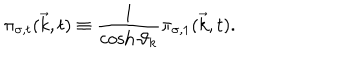
{ \pi } _ { { \sigma } , t } ( { \vec { k } } , t ) \equiv \frac { 1 } { \cosh { \vartheta } _ { k } } { \pi } _ { { \sigma } , 1 } ( { \vec { k } } , t ) .